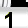
Digit: 1